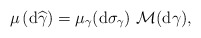
\begin{align*}\mu \left( \mathrm{d}\widehat{\gamma }\right) =\mu _{\gamma }(\mathrm{d}\sigma _{\gamma })~{\cal M}(\mathrm{d}\gamma ), \end{align*}